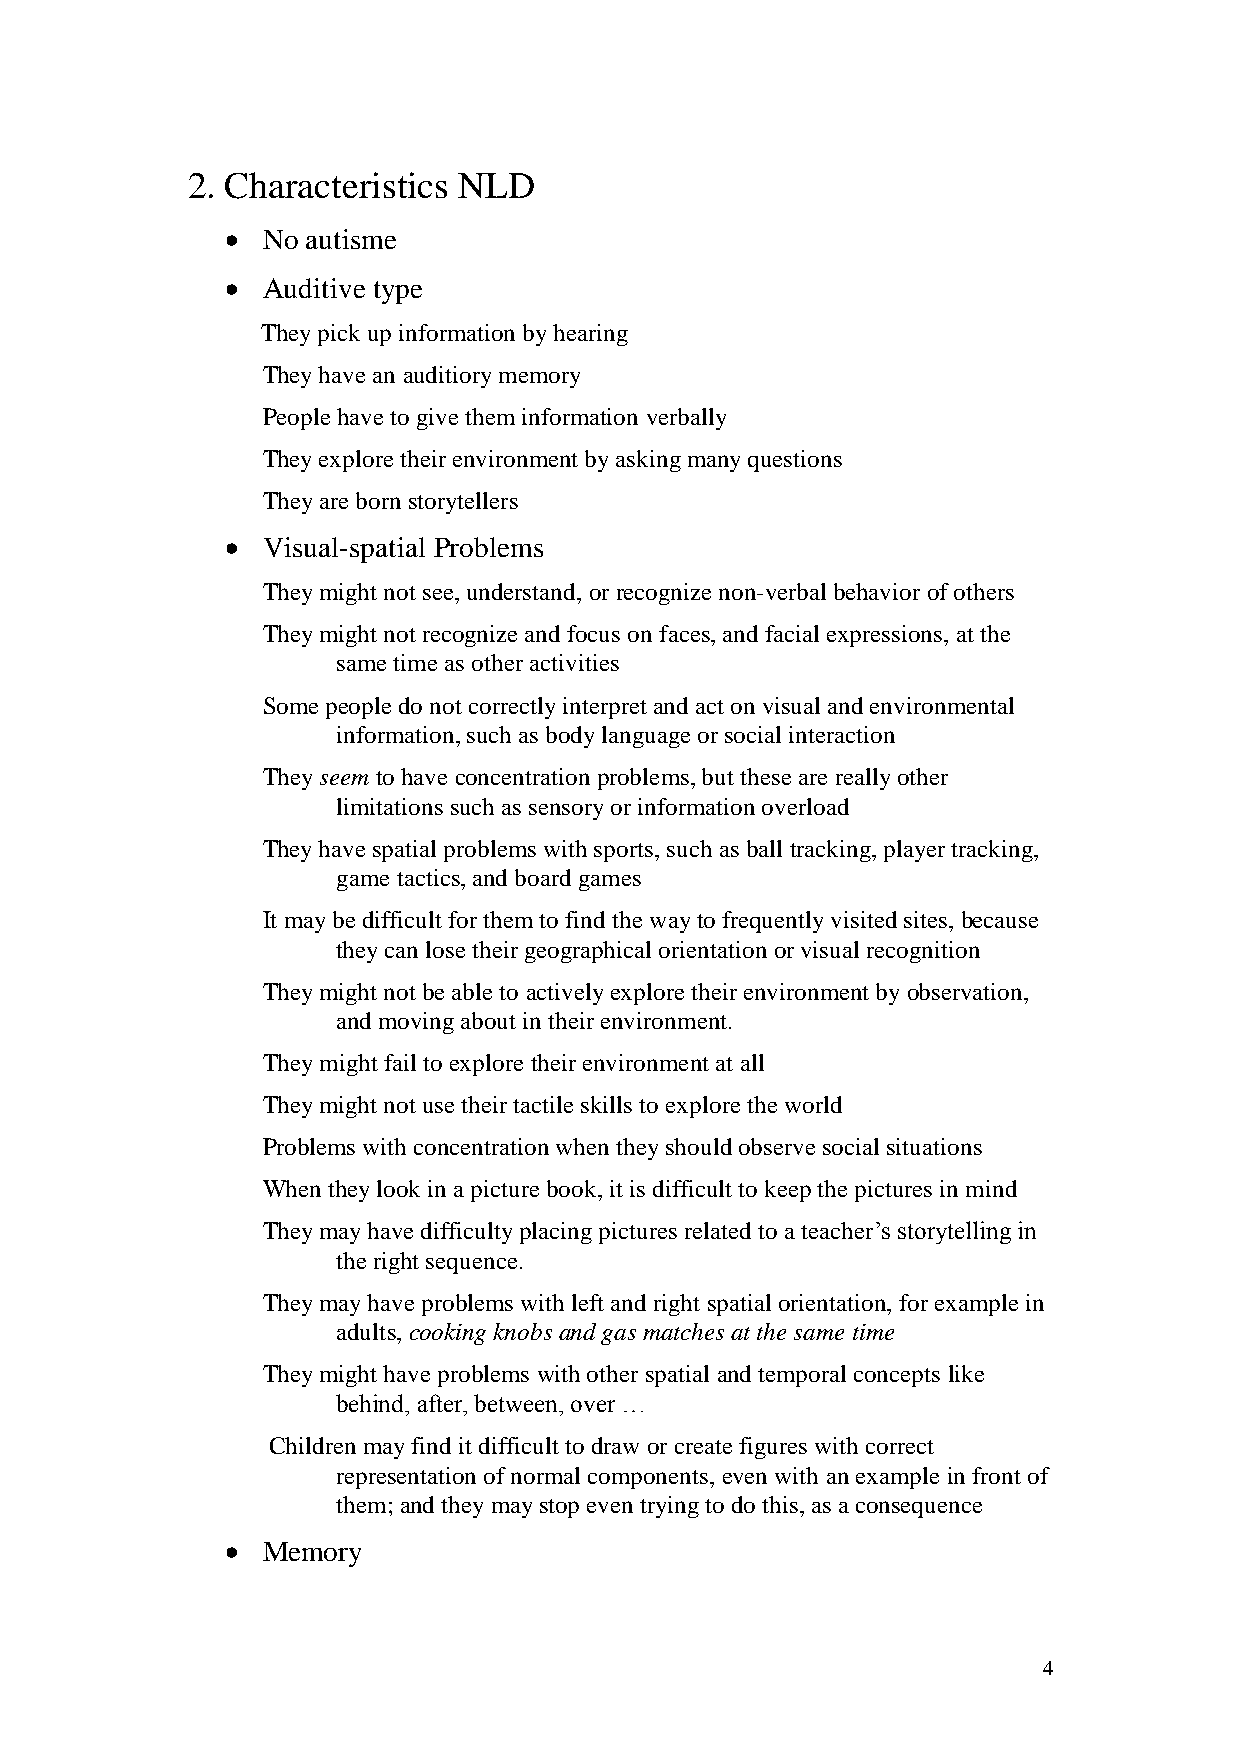
2. Characteristics NLD
  No autisme
  Auditive type
 They pick up information by hearing
 They have an auditiory memory
 People have to give them information verbally
 They explore their environment by asking many questions
 They are born storytellers
  Visual-spatial Problems
 They might not see, understand, or recognize non-verbal behavior of others
 They might not recognize and focus on faces, and facial expressions, at the
 same time as other activities
 Some people do not correctly interpret and act on visual and environmental
 information, such as body language or social interaction
 They seem to have concentration problems, but these are really other
 limitations such as sensory or information overload
 They have spatial problems with sports, such as ball tracking, player tracking,
 game tactics, and board games
 It may be difficult for them to find the way to frequently visited sites, because
 they can lose their geographical orientation or visual recognition
 They might not be able to actively explore their environment by observation,
 and moving about in their environment.
 They might fail to explore their environment at all
 They might not use their tactile skills to explore the world
 Problems with concentration when they should observe social situations
 When they look in a picture book, it is difficult to keep the pictures in mind
 They may have difficulty placing pictures related to a teacher’s storytelling in
 the right sequence.
 They may have problems with left and right spatial orientation, for example in
 adults, cooking knobs and gas matches at the same time
 They might have problems with other spatial and temporal concepts like
 behind, after, between, over …
 Children may find it difficult to draw or create figures with correct
 representation of normal components, even with an example in front of
 them; and they may stop even trying to do this, as a consequence
  Memory
 4